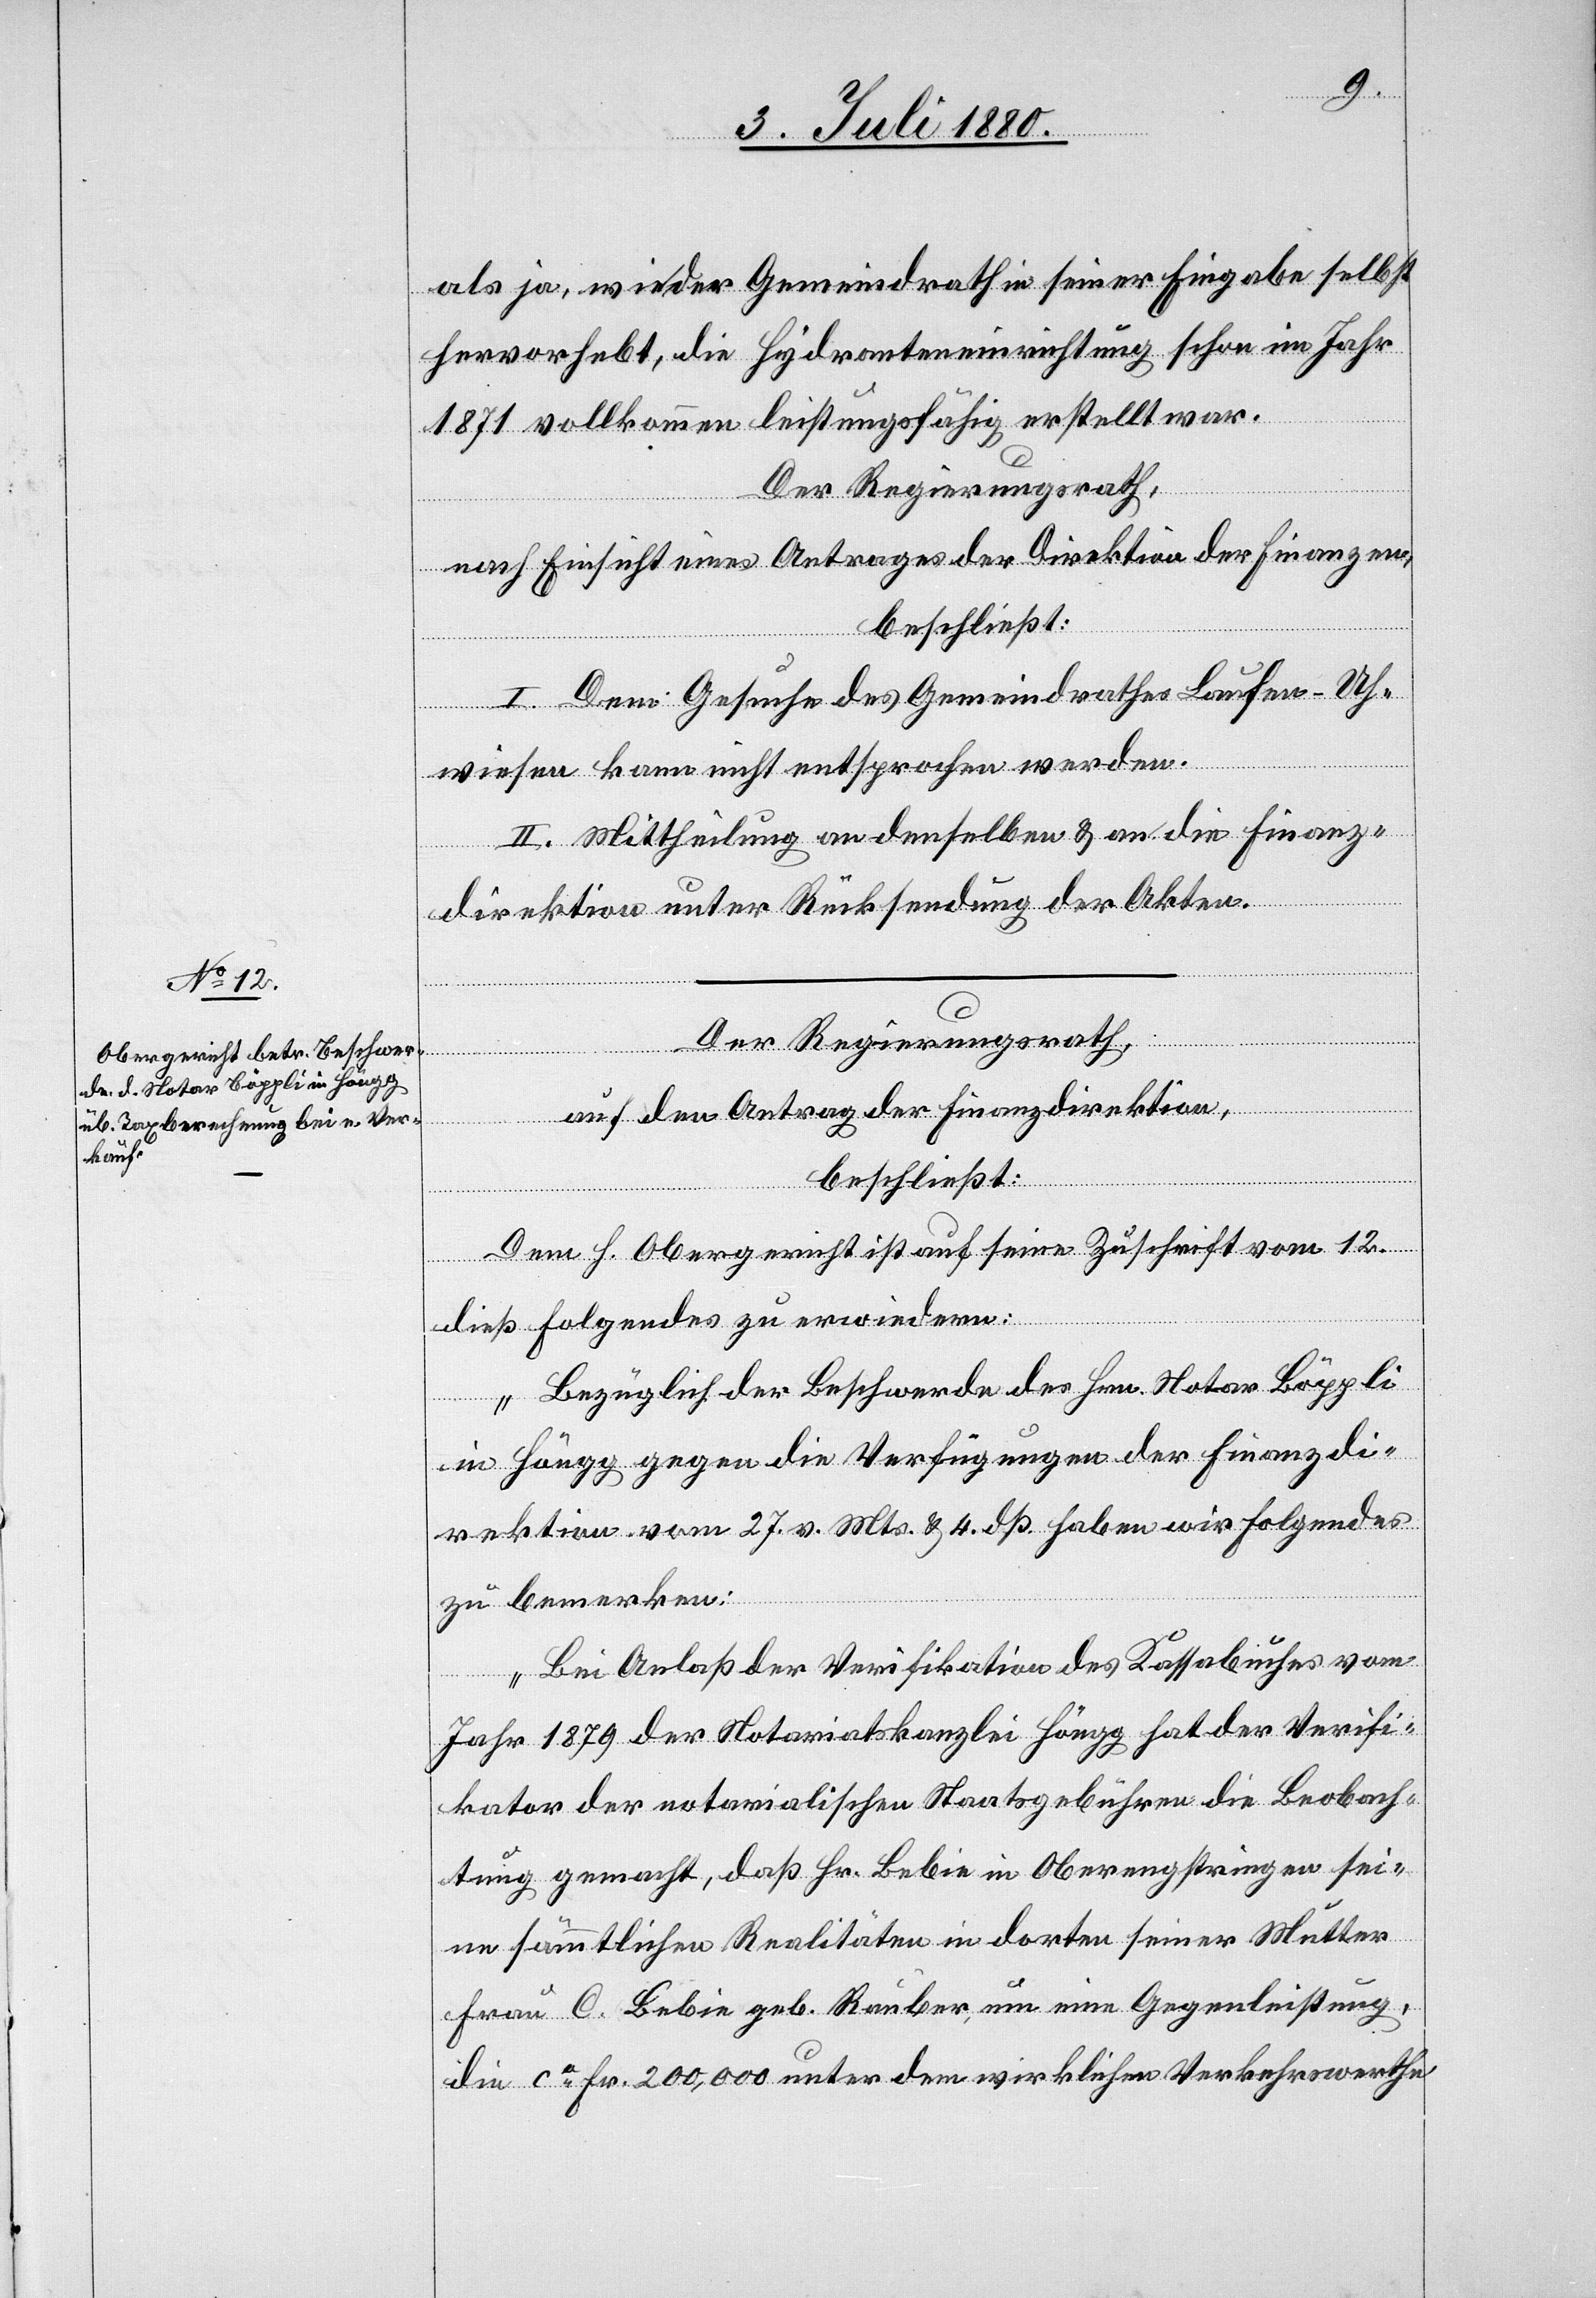
Der Regierungsrath,
auf den Antrag der Finanzdirektion,
beschließt:
Dem h. Obergericht ist auf seine Zuschrift vom 12.
dieß Folgendes zu erwiedern:
„Bezüglich der Beschwerde des Hrn. Notar Böppli
in Höngg gegen die Verfügungen der Finanzdi¬
rektion vom 27. v. Mts. & 4. dß. haben wir Folgendes
zu bemerken:
Bei Anlaß der Verifikation des Kassabuches vom
Jahr 1879 der Notariatskanzlei Höngg hat der Verifi¬
kator der notarialischen Staatsgebühren die Beobach¬
tung gemacht, daß Hr. Bebie in Oberengstringen sei¬
ne sämmtlichen Realitäten in dorten seiner Mutter
Frau C. Bebie geb. Rauber um eine Gegenleistung,
die ca Fr. 200,000 unter dem wirklichen Verkehrswerthe